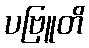
ပဗြူတိ